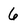
Character: 6